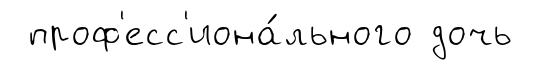
проф'есс'иона́льного дочь